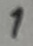
Text: 1